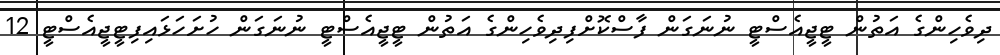
ދިވެހިންގެ އަތުން ޓީޖީއެސްޓީ ނުނަގަން ފާސްކޮށްފިދިވެހިންގެ އަތުން ޓީޖީއެސްޓީ ނުނަގަން ހުށަހަޅައިފިޓީޖީއެސްޓީ 12